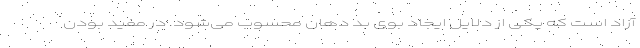
آزاد است که یکی از دلایل ایجاد بوی بد دهان محسوب می‌شود. در مفید بودن